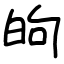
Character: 𫞮